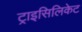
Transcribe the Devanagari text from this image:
ट्राइसिलिकेट